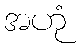
အဟုံ